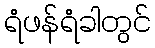
ရံဖန်ရံခါတွင်